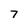
Character: 7